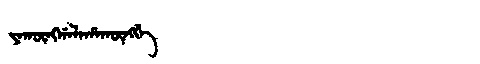
Manchu: ᠶᠠᡴᡡᠩᡤᠠᠯᠠᡥᠠᡴᡡᠩᡤᡝ
Romanization: YAKŪNGGALAHAKŪNGGE